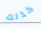
كذلك